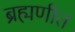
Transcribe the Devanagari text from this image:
ब्रह्मणीत